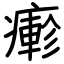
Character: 𤺋